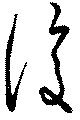
復